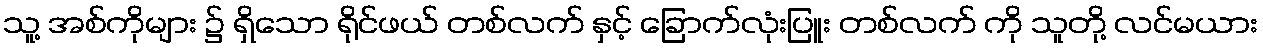
သူ့ အစ်ကိုများ ၌ ရှိသော ရိုင်ဖယ် တစ်လက် နှင့် ခြောက်လုံးပြူး တစ်လက် ကို သူတို့ လင်မယား